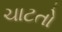
ચાટતો